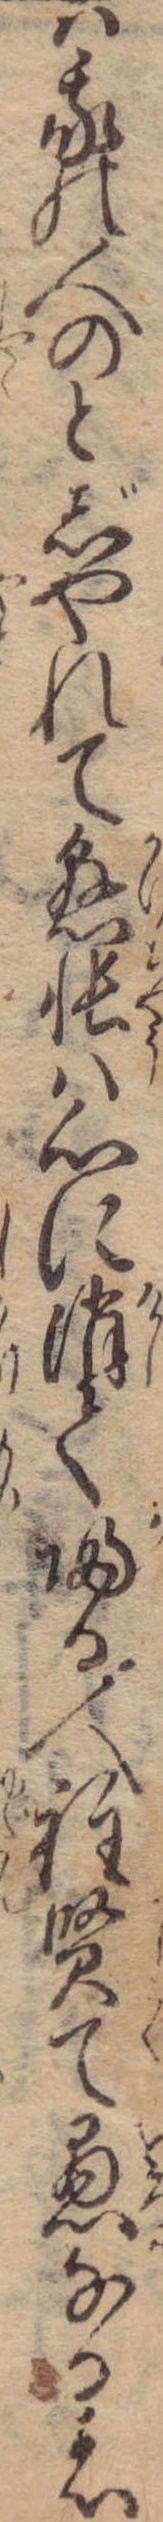
は我の人のとじやれて懸帳は心に消て帰る人程賢て愚なる者